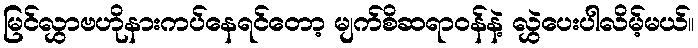
မြင်လွှာဗဟိုနားကပ်နေရင်တော့ မျက်စိဆရာဝန်နဲ့ လွှဲပေးပါလိမ့်မယ်။